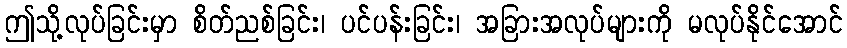
ဤသို့လုပ်ခြင်းမှာ စိတ်ညစ်ခြင်း၊ ပင်ပန်းခြင်း၊ အခြားအလုပ်များကို မလုပ်နိုင်အောင်